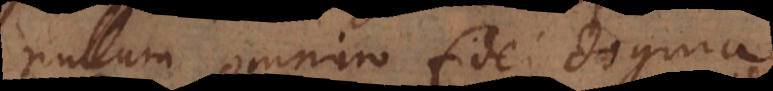
nullum omnino fidei dogma